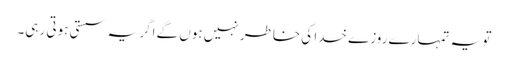
تو یہ تمہارے روزے خدا کی خاطر نہیں ہوں گے اگر یہ سستی ہوتی رہی۔